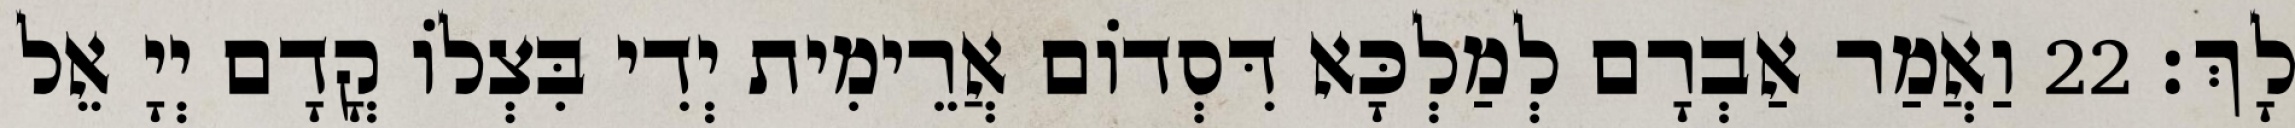
לָךְ׃ 22 וַאֲמַר אַבְרָם לְמַלְכָּא דִּסְדוֹם אֲרֵימִית יְדִי בִּצְלוֹ קֳדָם יְיָ אֵל